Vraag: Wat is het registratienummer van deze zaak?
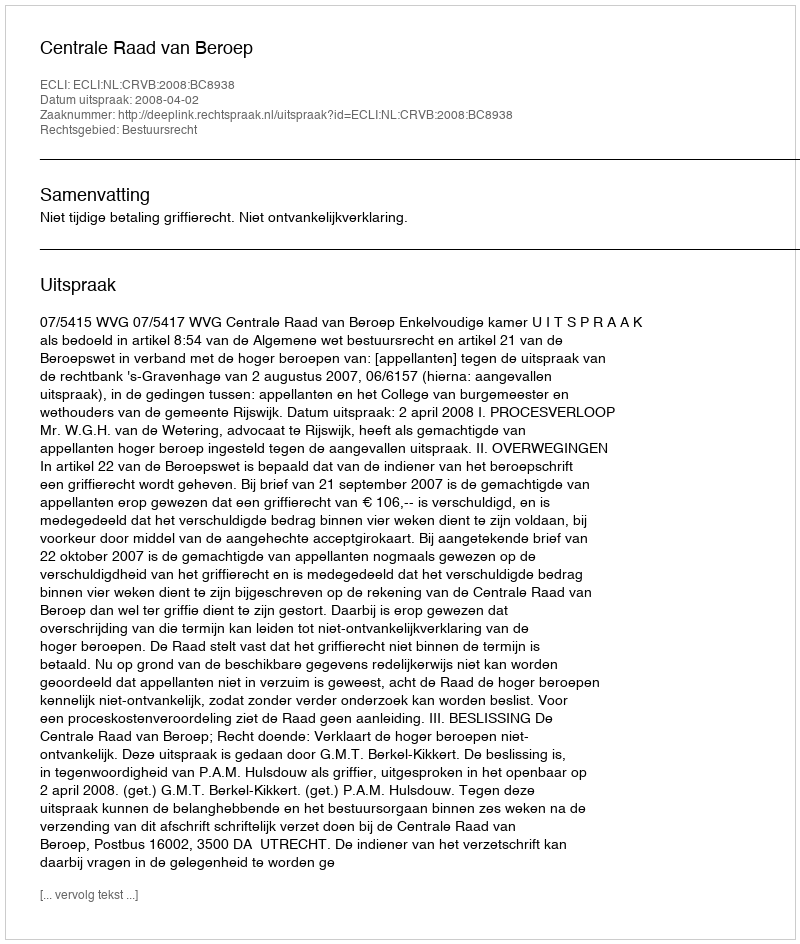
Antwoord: http://deeplink.rechtspraak.nl/uitspraak?id=ECLI:NL:CRVB:2008:BC8938